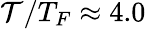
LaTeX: \mathcal{T}/T_{F}\approx4.0